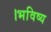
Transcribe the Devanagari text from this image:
।भविष्य